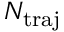
N _ { \mathrm { t r a j } }